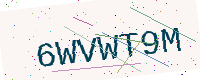
Text: 6WVWT9M